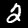
Digit: 2